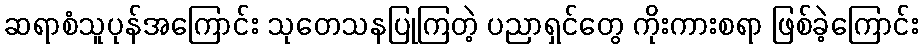
ဆရာစံသူပုန်အကြောင်း သုတေသနပြုကြတဲ့ ပညာရှင်တွေ ကိုးကားစရာ ဖြစ်ခဲ့ကြောင်း